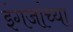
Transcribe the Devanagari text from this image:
इंगजांच्या